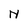
Character: N